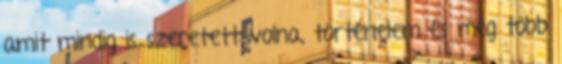
amit mindig is szeretett volna, történelem és még több